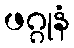
ဖဂ္ဂုနံ